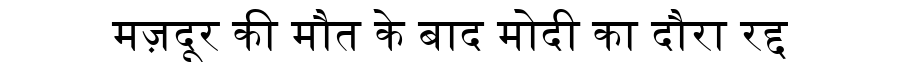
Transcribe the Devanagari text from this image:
मज़दूर की मौत के बाद मोदी का दौरा रद्द